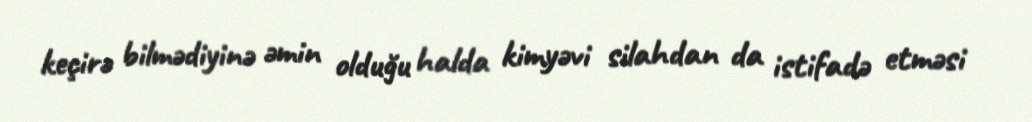
keçirə bilmədiyinə əmin olduğu halda kimyəvi silahdan da istifadə etməsi